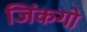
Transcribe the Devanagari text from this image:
जिंकगो